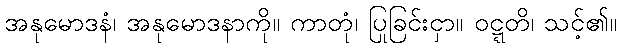
အနုမောဒနံ၊ အနုမောဒနာကို။ ကာတုံ၊ ပြုခြင်းငှာ။ ဝဋ္ဋတိ၊ သင့်၏။